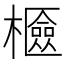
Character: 𣞘